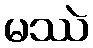
မဿဲ